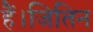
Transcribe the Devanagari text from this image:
हैं।जितिन